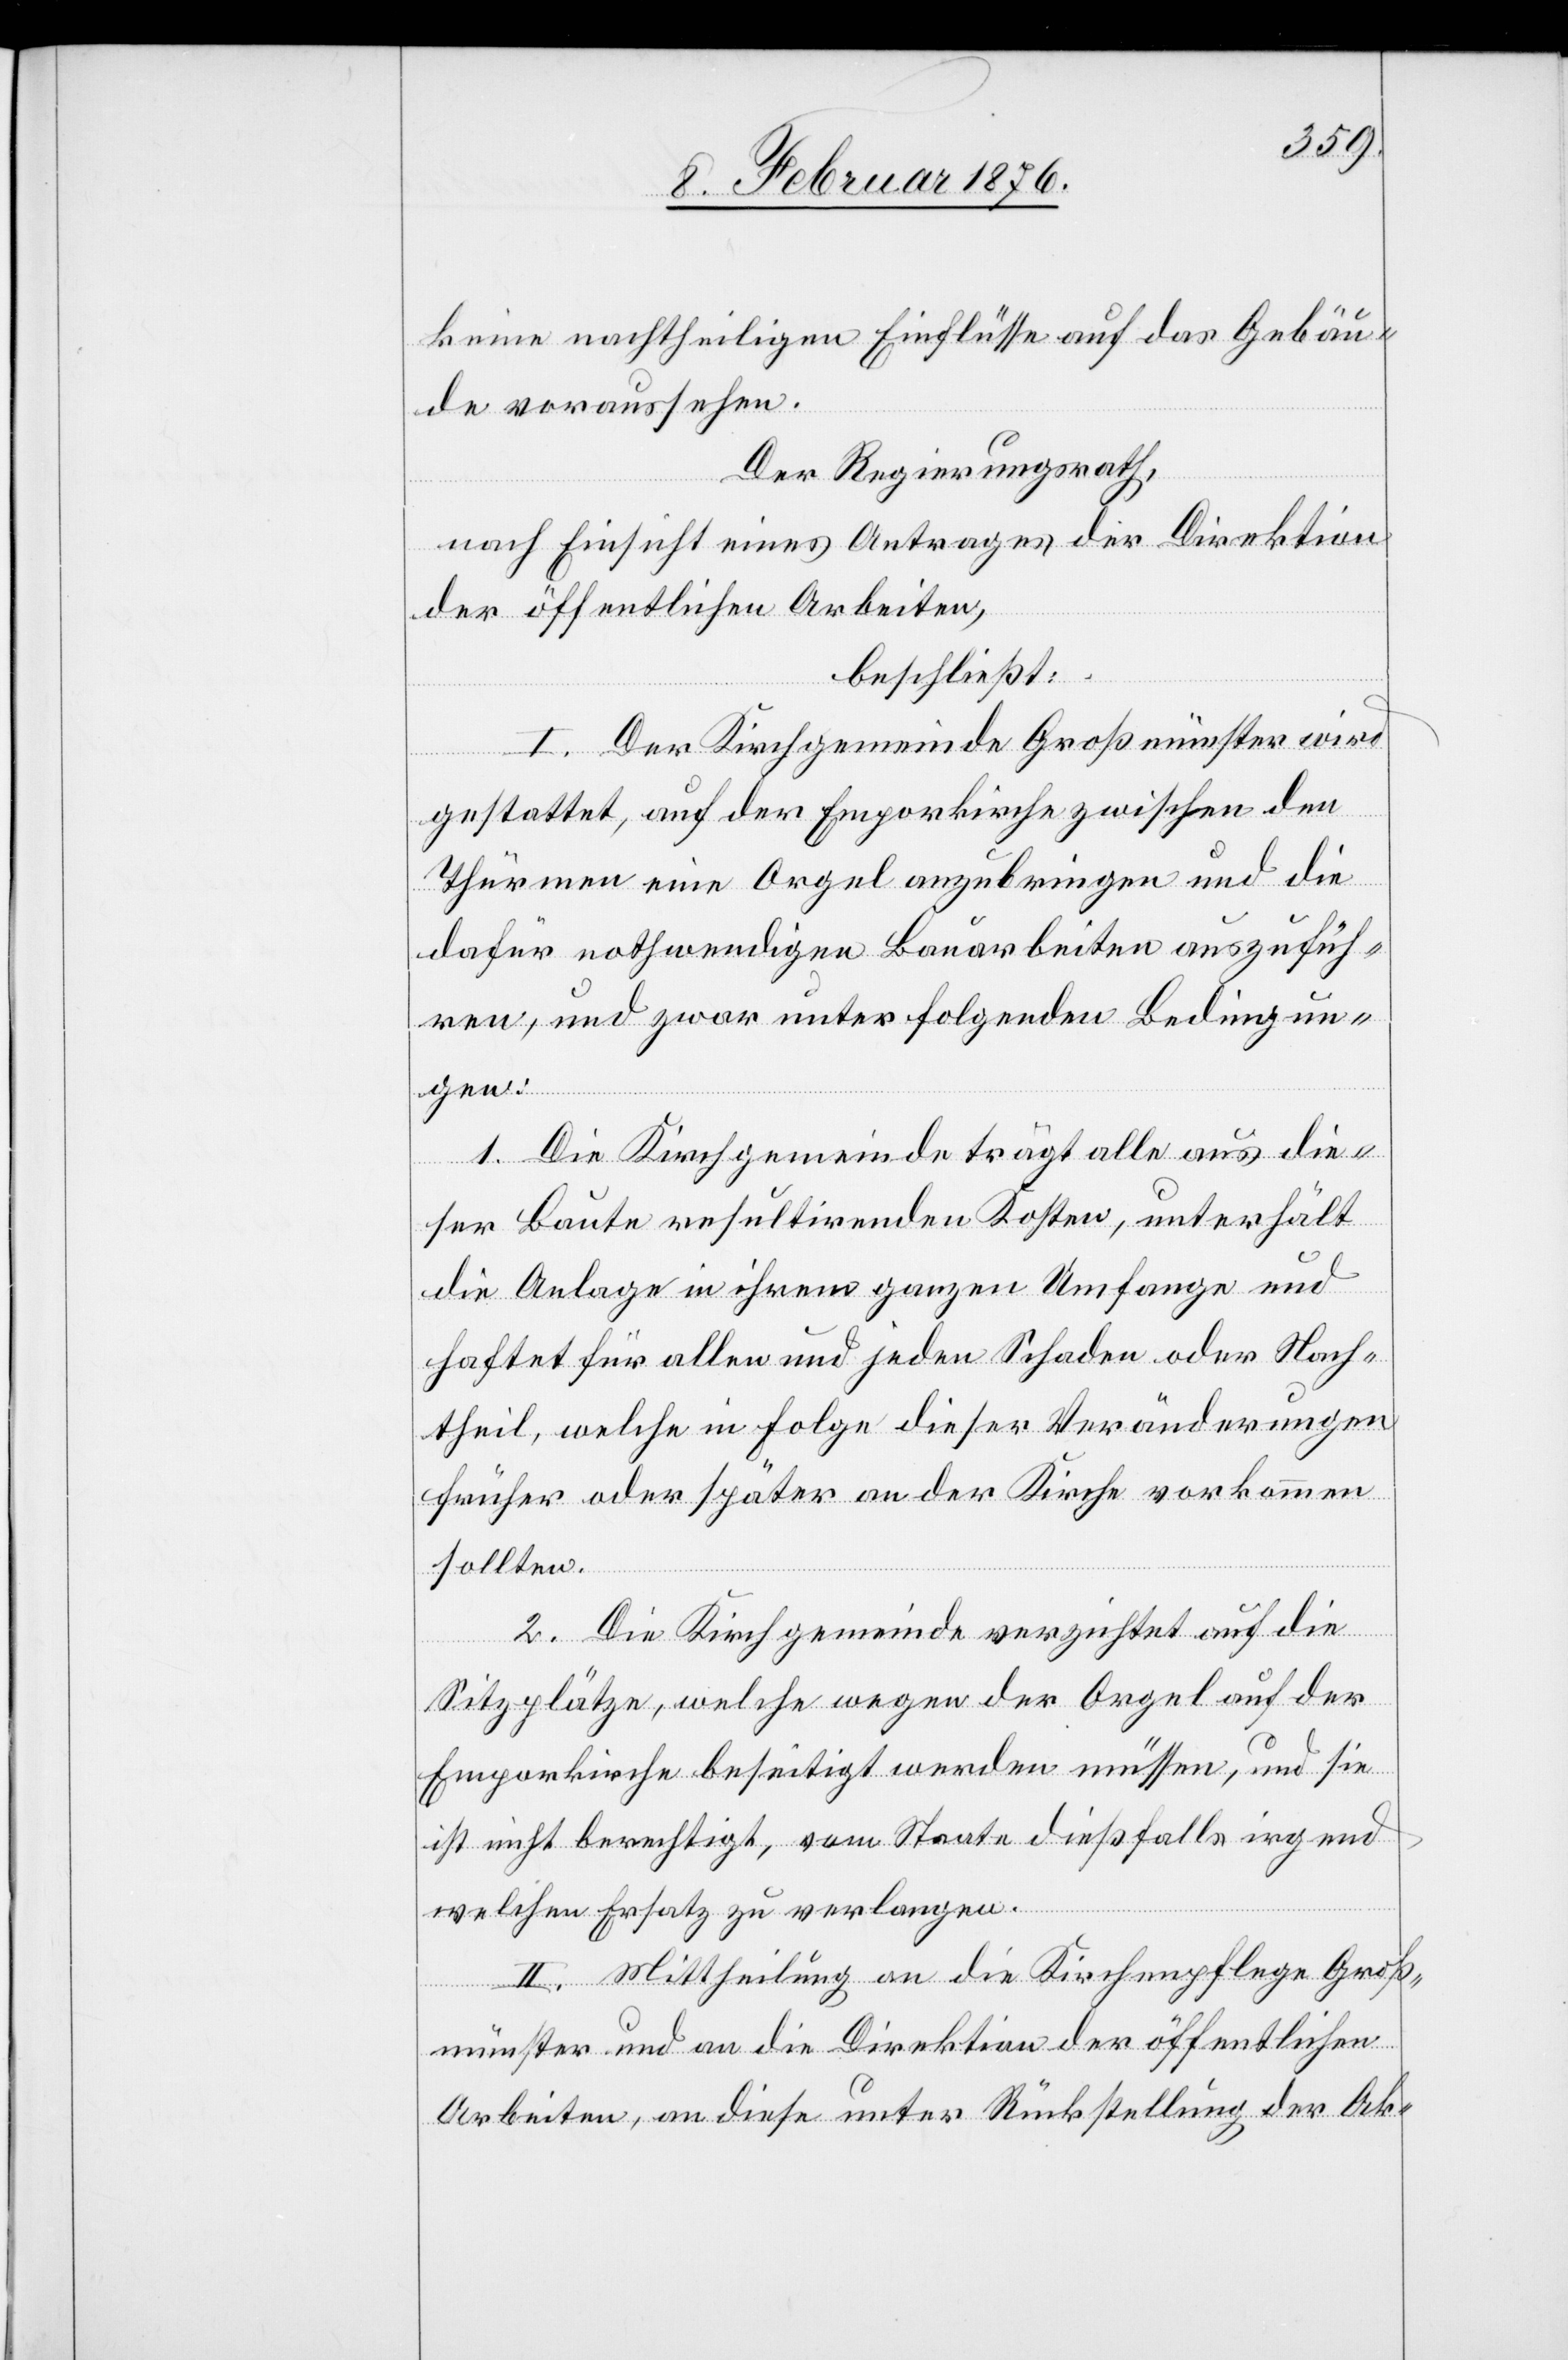
keine nachtheiligen Einflüsse auf das Gebäu¬
de voraussehen.
Der Regierungsrath,
nach Einsicht eines Antrages der Direktion
der öffentlichen Arbeiten
beschließt:
I. Der Kirchgemeinde Großmünster wird
gestattet, auf der Emporkirche zwischen den
Thürmen eine Orgel anzubringen und die
dafür nothwendigen Bauarbeiten auszufüh¬
ren, und zwar unter folgenden Bedingun¬
gen:
1. Die Kirchgemeinde trägt alle aus die¬
ser Baute resultierenden Kosten, unterhält
die Anlage in ihrem ganzen Umfange und
haftet für alle und jeden Schaden oder Nach¬
theil, welche in Folge dieser Veränderungen
früher oder später an der Kirche vorkommen
sollten.
2. Die Kirchgemeinde verzichtet auf die
Sitzplätze, welche wegen der Orgel auf der
Emporenkirche beseitigt werden müssen, und sie
ist nicht berechtigt, vom Staate dießfalls irgend
welchen Ersatz zu verlangen.
II. Mittheilung an die Kirchenpflege Groß¬
münster und an die Direktion der öffentlichen
Arbeiten, an diese unter Rückstellung der Ak-